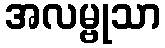
အလမ္ဗုသာ